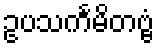
ဥပသင်္ကမိတဗ္ဗံ